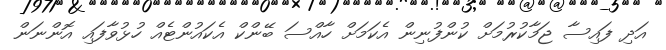
އަދި ފައިސާ ޖަމާކުރުމަށް ކުންފުނިން އެކަމަށް ހާއްސަ ބޭންކް އެކައުންޓެއް ހުޅުވާފައި އޮންނަން